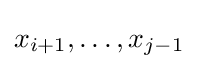
x_{i+1},\dots ,x_{j-1}